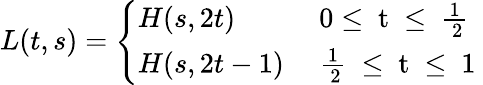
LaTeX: L(t,s)=\left\{ \begin{array}{ll}{{H(s,2t)}}&{{\mathrm{~0\leq~t~\leq~{\frac{1}{~2}}~}}}\\ {{H(s,2t-1)}}&{{\mathrm{~{\frac{1}{~2}}~\leq~t~\leq~1~}}}\end{array}\right.